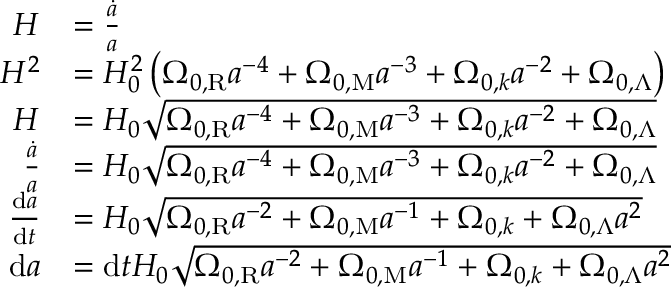
{ \begin{array} { r l } { H } & { = { \frac { \dot { a } } { a } } } \\ { H ^ { 2 } } & { = H _ { 0 } ^ { 2 } \left( \Omega _ { 0 , \mathrm { R } } a ^ { - 4 } + \Omega _ { 0 , \mathrm { M } } a ^ { - 3 } + \Omega _ { 0 , k } a ^ { - 2 } + \Omega _ { 0 , \Lambda } \right) } \\ { H } & { = H _ { 0 } { \sqrt { \Omega _ { 0 , \mathrm { R } } a ^ { - 4 } + \Omega _ { 0 , \mathrm { M } } a ^ { - 3 } + \Omega _ { 0 , k } a ^ { - 2 } + \Omega _ { 0 , \Lambda } } } } \\ { { \frac { \dot { a } } { a } } } & { = H _ { 0 } { \sqrt { \Omega _ { 0 , \mathrm { R } } a ^ { - 4 } + \Omega _ { 0 , \mathrm { M } } a ^ { - 3 } + \Omega _ { 0 , k } a ^ { - 2 } + \Omega _ { 0 , \Lambda } } } } \\ { { \frac { \mathrm { d } a } { \mathrm { d } t } } } & { = H _ { 0 } { \sqrt { \Omega _ { 0 , \mathrm { R } } a ^ { - 2 } + \Omega _ { 0 , \mathrm { M } } a ^ { - 1 } + \Omega _ { 0 , k } + \Omega _ { 0 , \Lambda } a ^ { 2 } } } } \\ { \mathrm { d } a } & { = \mathrm { d } t H _ { 0 } { \sqrt { \Omega _ { 0 , \mathrm { R } } a ^ { - 2 } + \Omega _ { 0 , \mathrm { M } } a ^ { - 1 } + \Omega _ { 0 , k } + \Omega _ { 0 , \Lambda } a ^ { 2 } } } } \end{array} }